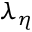
\lambda _ { \eta }